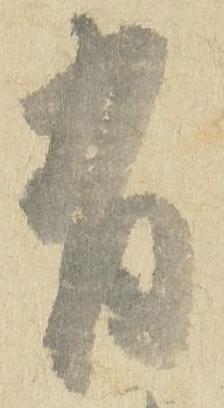
有